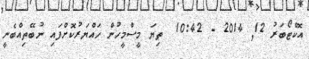
އޮކްޓޯބަރު 12